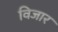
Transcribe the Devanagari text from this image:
विजार